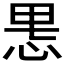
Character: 𫺄